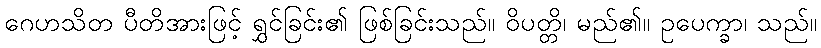
ဂေဟသိတ ပီတိအားဖြင့် ရွှင်ခြင်း၏ ဖြစ်ခြင်းသည်။ ဝိပတ္တိ၊ မည်၏။ ဥပေက္ခာ၊ သည်။